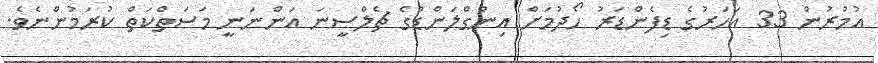
އުމުރުން 33 އަހަރުގެ ޑިފެންޑަރު ހޯދުމަށް އިންގްލަންޑުގެ ޗެލްސީނަ އަންނަނީ މަސަތްކަތް ކުރަމުންނެވެ.